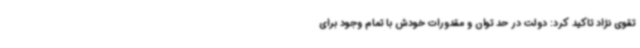
تقوی نژاد تاکید کرد: دولت در حد توان و مقدورات خودش با تمام وجود برای